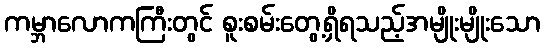
ကမ္ဘာလောကကြီးတွင် စူးစမ်းတွေ့ရှိရသည့်အမျိုးမျိုးသော